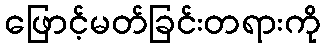
ဖြောင့်မတ်ခြင်းတရားကို